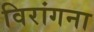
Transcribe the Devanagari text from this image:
विरांगना